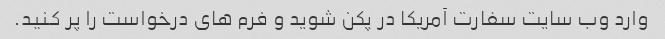
وارد وب سایت سفارت آمریکا در پکن شوید و فرم های درخواست را پر کنید.